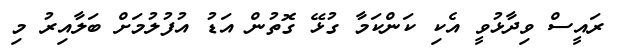
ރައީސް ވިދާޅުވީ އެކި ކަންކަމާ ގުޅޭ ގޮތުން އަޑު އުފުލުމަށް ބަލާއިރު މި